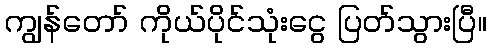
ကျွန်တော် ကိုယ်ပိုင်သုံးငွေ ပြတ်သွားပြီ။